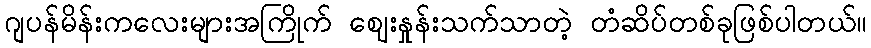
ဂျပန်မိန်းကလေးများအကြိုက် ဈေးနှုန်းသက်သာတဲ့ တံဆိပ်တစ်ခုဖြစ်ပါတယ်။